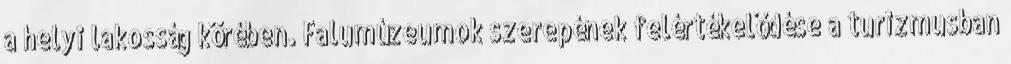
a helyi lakosság körében. Falumúzeumok szerepének felértékelődése a turizmusban